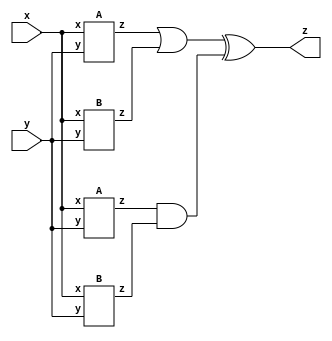
module top_module (input x, input y, output z);
    wire z1,z2,z3,z4;
    A IA1 (x,y,z1);
    B IB1 (x,y,z2);
    A IA2 (x,y,z3);
    B IB2 (x,y,z4);
    assign z=(z1|z2)^(z3&z4);
endmodule

module A (input x, input y, output z);
    assign z = (x^y) & x;
endmodule

module B ( input x, input y, output z );
    assign z=x~^y;
endmodule